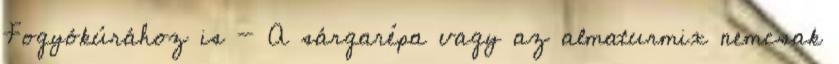
Fogyókúrához is - A sárgarépa vagy az almaturmix nemcsak